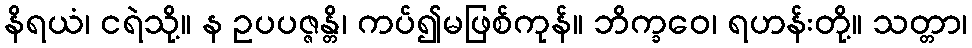
နိရယံ၊ ငရဲသို့။ န ဥပပဇ္ဇန္တိ၊ ကပ်၍မဖြစ်ကုန်။ ဘိက္ခဝေ၊ ရဟန်းတို့။ သတ္တာ၊